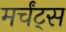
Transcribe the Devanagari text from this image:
मर्चंट्‌स